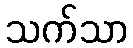
သက်သာ